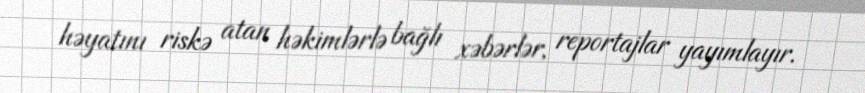
həyatını riskə atan həkimlərlə bağlı xəbərlər, reportajlar yayımlayır.